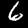
Digit: 6